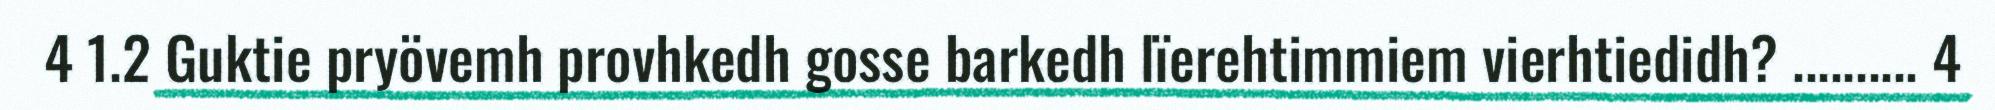
4 1.2 Guktie pryövemh provhkedh gosse barkedh lïerehtimmiem vierhtiedidh? .......... 4